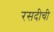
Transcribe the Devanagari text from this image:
रसदीची